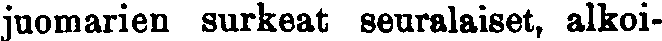
juomarien surkeat seuralaiset, alkoi-